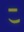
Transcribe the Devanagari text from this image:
र्‍